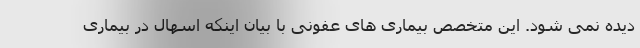
دیده نمی شود. این متخصص بیماری های عفونی با بیان اینکه اسهال در بیماری